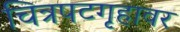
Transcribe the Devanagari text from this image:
चित्रपटगृहावर